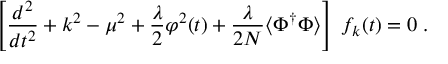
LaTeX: \left[ \frac { d ^ { 2 } } { d t ^ { 2 } } + k ^ { 2 } - \mu ^ { 2 } + \frac { \lambda } { 2 } \varphi ^ { 2 } ( t ) + \frac { \lambda } { 2 N } \langle \Phi ^ { \dagger } \Phi \rangle \right] \; f _ { k } ( t ) = 0 \; .